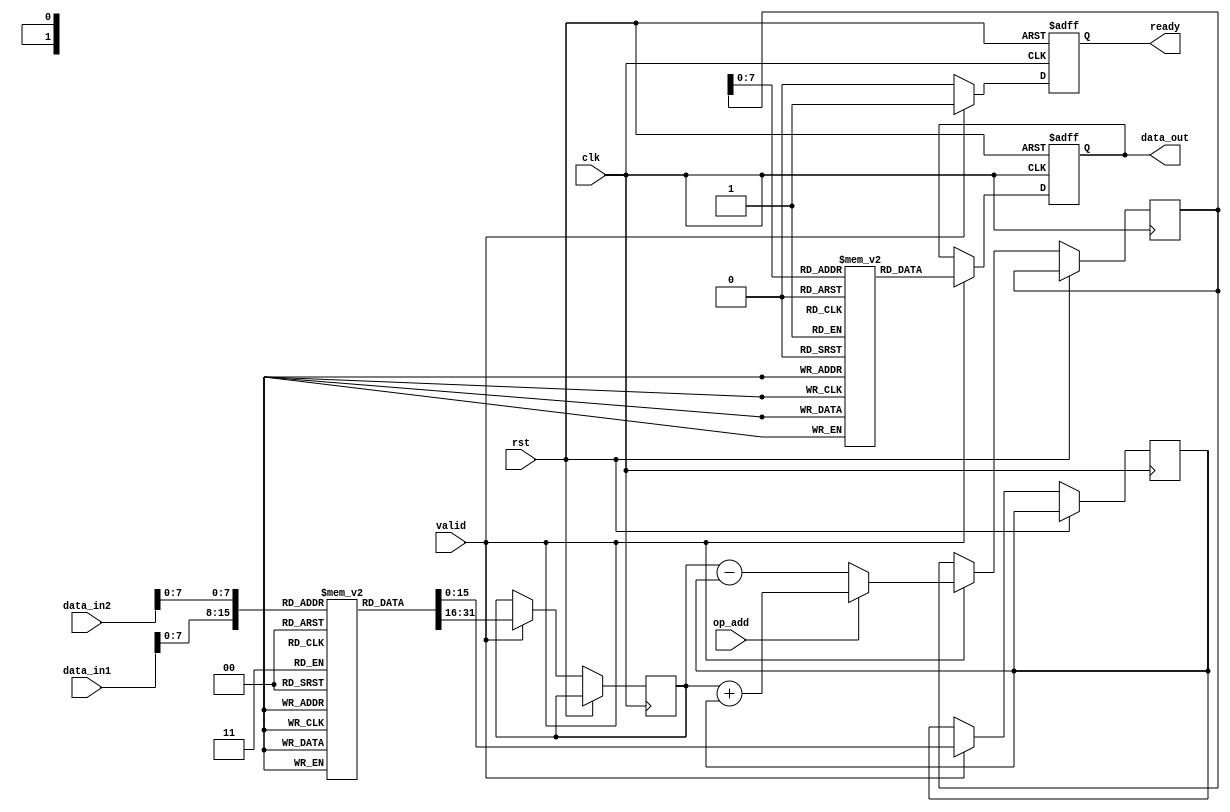
module LogarithmDSPU (
    input  wire [15:0] data_in1,        // First input signal
    input  wire [15:0] data_in2,        // Second input signal
    input  wire       clk,               // Clock signal
    input  wire       rst,               // Reset signal
    input  wire       valid,             // Valid signal for processing
    input  wire       op_add,            // Operation: 1 for addition (multiply), 0 for subtraction (divide)
    output reg  [15:0] data_out,        // Output signal
    output reg       ready               // Ready signal
);

    // Logarithm lookup table (example values)
    reg [15:0] log_lut [0:255]; // 256-entry LUT for logarithm approximation
    initial begin
        // Fill the LUT with appropriate logarithm values
        // This is an example and should be replaced with actual logarithm values
        log_lut[0] = 16'h0000; // log(1) = 0
        log_lut[1] = 16'h0000; // log(1) = 0
        // Continue filling with other values...
    end
    
    // Exponential lookup table for inverse logarithm
    reg [15:0] exp_lut [0:255]; // 256-entry LUT for exponential approximation
    initial begin
        // Fill the LUT with appropriate exponential values
        // This is an example and should be replaced with actual values
        exp_lut[0] = 16'h0001; // exp(0) = 1
        // Continue filling with other values...
    end
    
    reg [15:0] log_a, log_b, result_log; // Intermediate variables
    reg valid_internal;  // Internal valid flag
    
    // FSM and processing logic
    always @(posedge clk or posedge rst) begin
        if (rst) begin
            data_out <= 16'h0000;
            ready <= 0;
            valid_internal <= 0;
        end else if (valid) begin
            // Convert inputs to their logarithmic equivalents
            log_a <= log_lut[data_in1[7:0]]; // Assume 8 bits for LUT indexing
            log_b <= log_lut[data_in2[7:0]]; // Assume 8 bits for LUT indexing
            
            // Perform arithmetic operation based on op_add
            if (op_add) begin
                result_log <= log_a + log_b; // Multiplication
            end else begin
                result_log <= log_a - log_b; // Division
            end
            
            // Convert back from logarithmic domain to linear domain
            data_out <= exp_lut[result_log[7:0]]; // Assume output to use lower 8 bits for LUT indexing
            
            // Indicate that the output is ready
            ready <= 1;
            valid_internal <= 1;
        end else begin
            ready <= 0;
        end
    end
endmodule